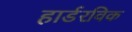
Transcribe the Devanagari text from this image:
हार्डरविक